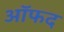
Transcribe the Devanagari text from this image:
ऑफद